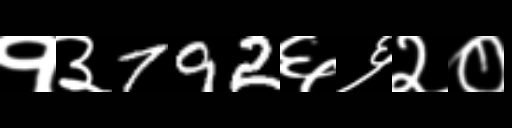
Text: १३792६६२०